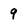
Character: 9